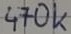
Text: 470k